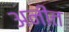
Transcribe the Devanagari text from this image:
अनीत